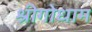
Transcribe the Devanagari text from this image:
श्रीगोधाम